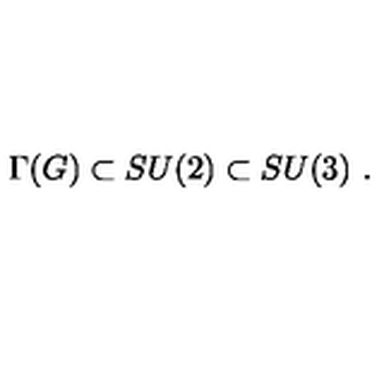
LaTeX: \Gamma ( G ) \subset S U ( 2 ) \subset S U ( 3 ) \ .